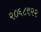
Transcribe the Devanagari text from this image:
२०६८९२२